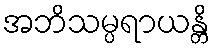
အဘိသမ္ပရာယန္တိ